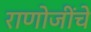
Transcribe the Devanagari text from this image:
राणोजींचे